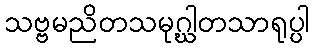
သဗ္ဗမညိတသမုဂ္ဃါတသာရုပ္ပါ